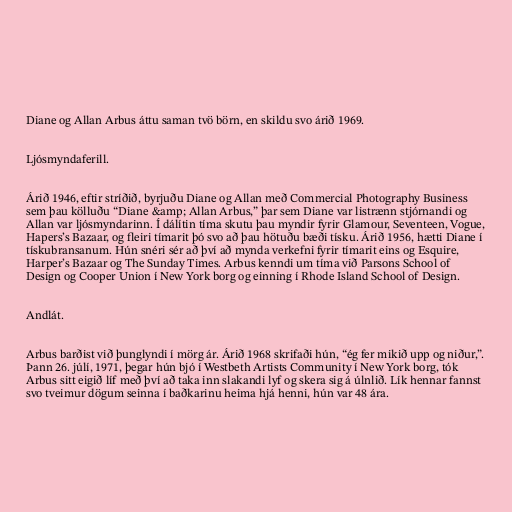
Diane og Allan Arbus áttu saman tvö börn, en skildu svo árið 1969.

Ljósmyndaferill.

Árið 1946, eftir stríðið, byrjuðu Diane og Allan með Commercial Photography Business
sem þau kölluðu “Diane &amp; Allan Arbus,” þar sem Diane var listrænn stjórnandi og
Allan var ljósmyndarinn. Í dálítin tíma skutu þau myndir fyrir Glamour, Seventeen, Vogue,
Hapers’s Bazaar, og fleiri tímarit þó svo að þau hötuðu bæði tísku. Árið 1956, hætti Diane í
tískubransanum. Hún snéri sér að því að mynda verkefni fyrir tímarit eins og Esquire,
Harper’s Bazaar og The Sunday Times. Arbus kenndi um tíma við Parsons School of
Design og Cooper Union í New York borg og einning í Rhode Island School of Design.

Andlát.

Arbus barðist við þunglyndi í mörg ár. Árið 1968 skrifaði hún, “ég fer mikið upp og niður,”.
Þann 26. júlí, 1971, þegar hún bjó í Westbeth Artists Community í New York borg, tók
Arbus sitt eigið líf með því að taka inn slakandi lyf og skera sig á úlnlið. Lík hennar fannst
svo tveimur dögum seinna í baðkarinu heima hjá henni, hún var 48 ára.